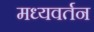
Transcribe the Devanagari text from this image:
मध्यवर्तन